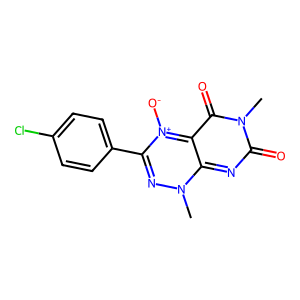
SMILES: Cn1nc(-c2ccc(Cl)cc2)[n+]([O-])c2c(=O)n(C)c(=O)nc1-2
Inhibits HIV replication: No